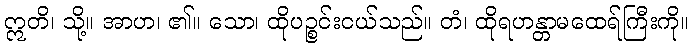
ဣတိ၊ သို့။ အာဟ၊ ၏။ သော၊ ထိုပဉ္စင်းငယ်သည်။ တံ၊ ထိုရဟန္တာမထေရ်ကြီးကို။